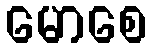
မောစေ